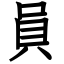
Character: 員